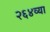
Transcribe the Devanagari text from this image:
२६४व्या